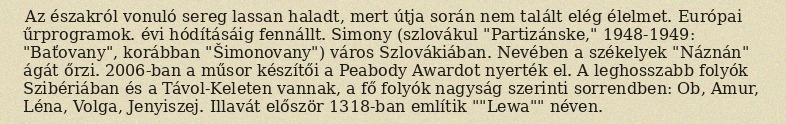
Az északról vonuló sereg lassan haladt, mert útja során nem talált elég élelmet. Európai űrprogramok. évi hódításáig fennállt. Simony (szlovákul "Partizánske," 1948-1949: "Baťovany", korábban "Šimonovany") város Szlovákiában. Nevében a székelyek "Náznán" ágát őrzi. 2006-ban a műsor készítői a Peabody Awardot nyerték el. A leghosszabb folyók Szibériában és a Távol-Keleten vannak, a fő folyók nagyság szerinti sorrendben: Ob, Amur, Léna, Volga, Jenyiszej. Illavát először 1318-ban említik ""Lewa"" néven.